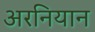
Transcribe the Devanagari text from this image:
अरनियान